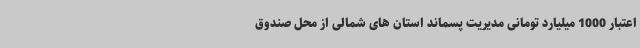
اعتبار 1000 میلیارد تومانی مدیریت پسماند استان های شمالی از محل صندوق